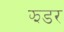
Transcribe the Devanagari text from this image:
झडर